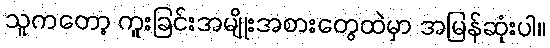
သူကတော့ ကူးခြင်းအမျိုးအစားတွေထဲမှာ အမြန်ဆုံးပါ။